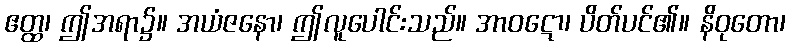
ဧတ္ထ၊ ဤအရာ၌။ အယံဇနော၊ ဤလူပေါင်းသည်။ အာဝဋော၊ ပိတ်ပင်၏။ နိဝုတော၊